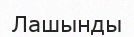
Лашынды